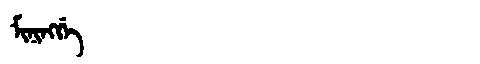
Manchu: ᠮᡳᠨᡳᠩᡤᡝ
Romanization: MININGGE